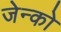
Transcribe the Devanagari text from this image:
जेन्को